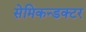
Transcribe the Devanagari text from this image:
सेमिकन्डक्टर